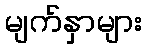
မျက်နှာများ